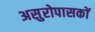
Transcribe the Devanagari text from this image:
असुरोपासकों